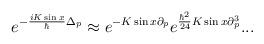
LaTeX: \begin{align*}e^{-\frac{iK\sin x}{\hbar} \Delta_p}\approx e^{-K\sin x \partial_p}e^{\frac{\hbar^2}{24} K\sin x \partial_p^3}...\end{align*}